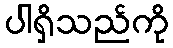
ပါရှိသည်ကို